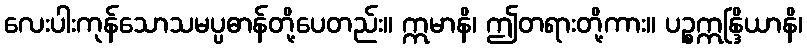
လေးပါးကုန်သောသမပ္ပဓာန်တို့ပေတည်း။ ဣမာနိ၊ ဤတရားတို့ကား။ ပဉ္စဣန္ဒြိယာနိ၊